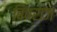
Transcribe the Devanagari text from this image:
बिंबराज